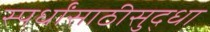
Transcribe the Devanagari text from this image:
स्पर्धांसाठीसुद्धा